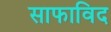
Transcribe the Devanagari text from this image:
साफाविद